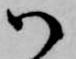
御